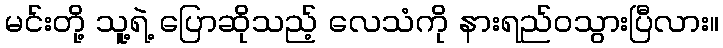
မင်းတို့ သူ့ရဲ့ ပြောဆိုသည့် လေသံကို နားရည်ဝသွားပြီလား။